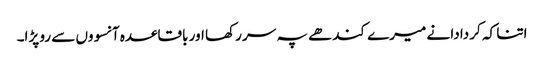
اتنا کہ کر دادا نے میرے کندھے پہ سر رکھا اور باقاعدہ آنسووں سے رو پڑا۔